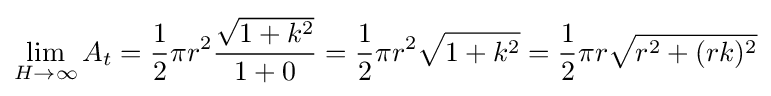
\lim _{H\rightarrow \infty }A_{t}={1 \over 2}\pi r^{2}{{\sqrt {1+k^{2}}} \over 1+0}={1 \over 2}\pi r^{2}{\sqrt {1+k^{2}}}={1 \over 2}\pi r{\sqrt {r^{2}+(rk)^{2}}}